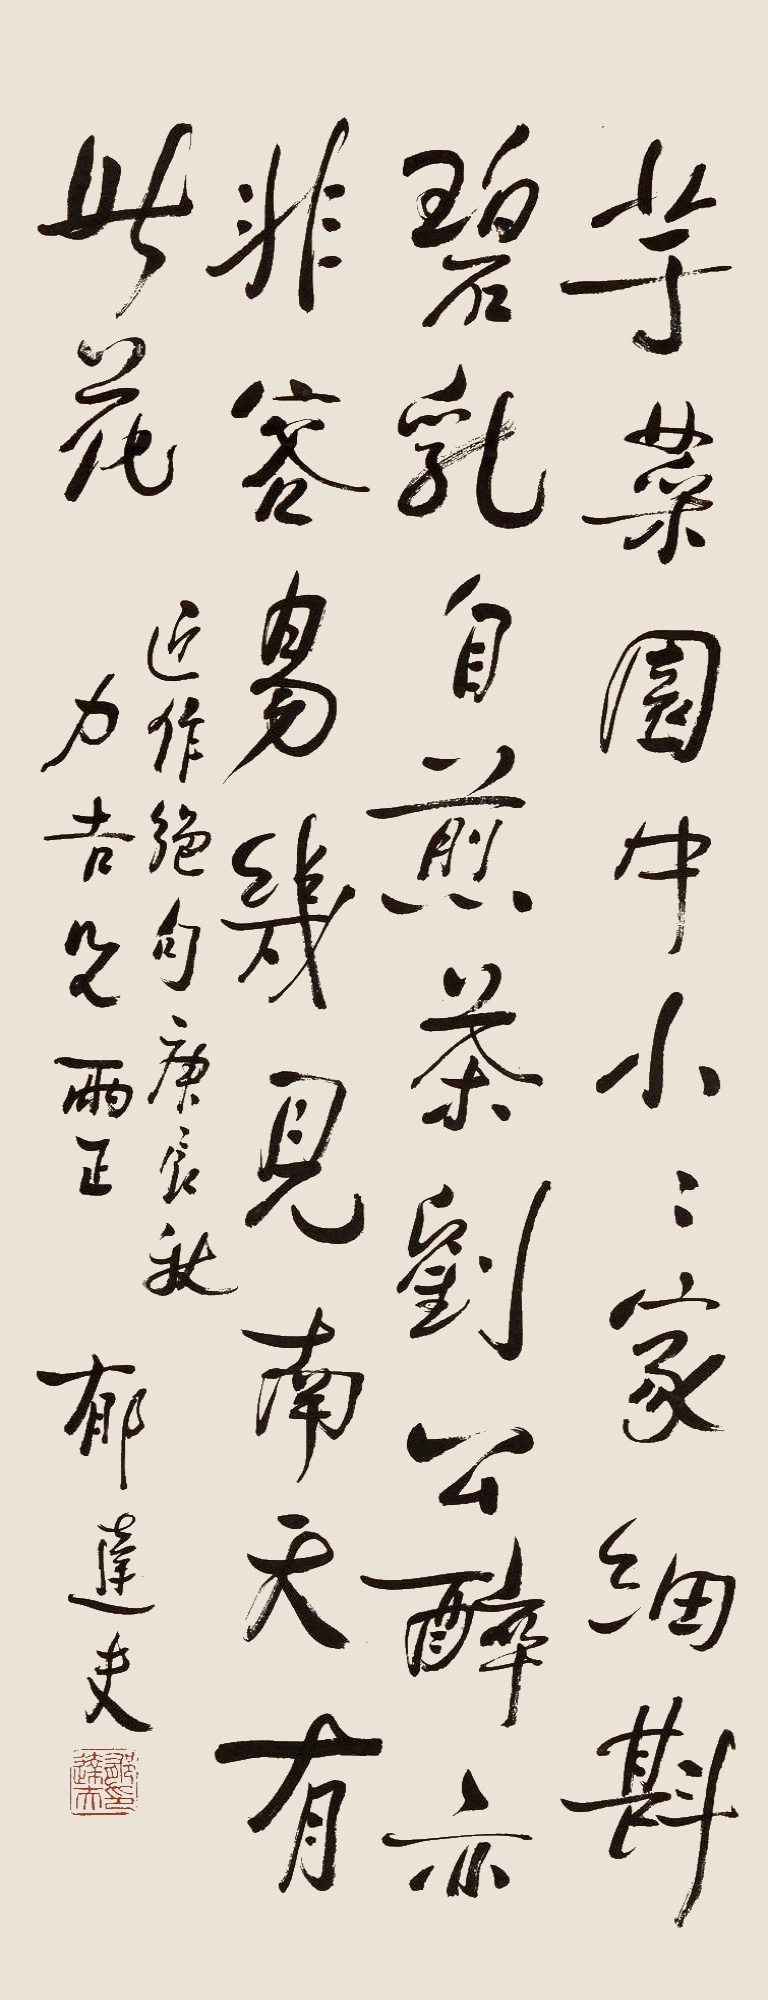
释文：芋菜园中小小家，细斟碧乳自煎茶，刘公醉亦非容易，几见南天有此花。近作绝句，庚辰秋，力吉兄雨正。郁达夫。